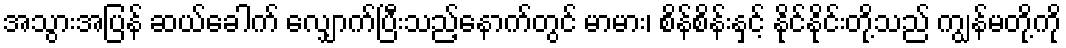
အသွားအပြန် ဆယ်ခေါက် လျှောက်ပြီးသည့်နောက်တွင် မာမား၊ စိန်စိန်းနှင့် နိုင်နိုင်းတို့သည် ကျွန်မတို့ကို